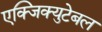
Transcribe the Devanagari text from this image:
एक्जिक्युटेबल